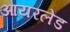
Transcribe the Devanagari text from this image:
आयरलेंड